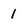
Character: 1